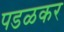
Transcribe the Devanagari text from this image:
पडळकर